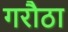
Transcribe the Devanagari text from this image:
गरौठा